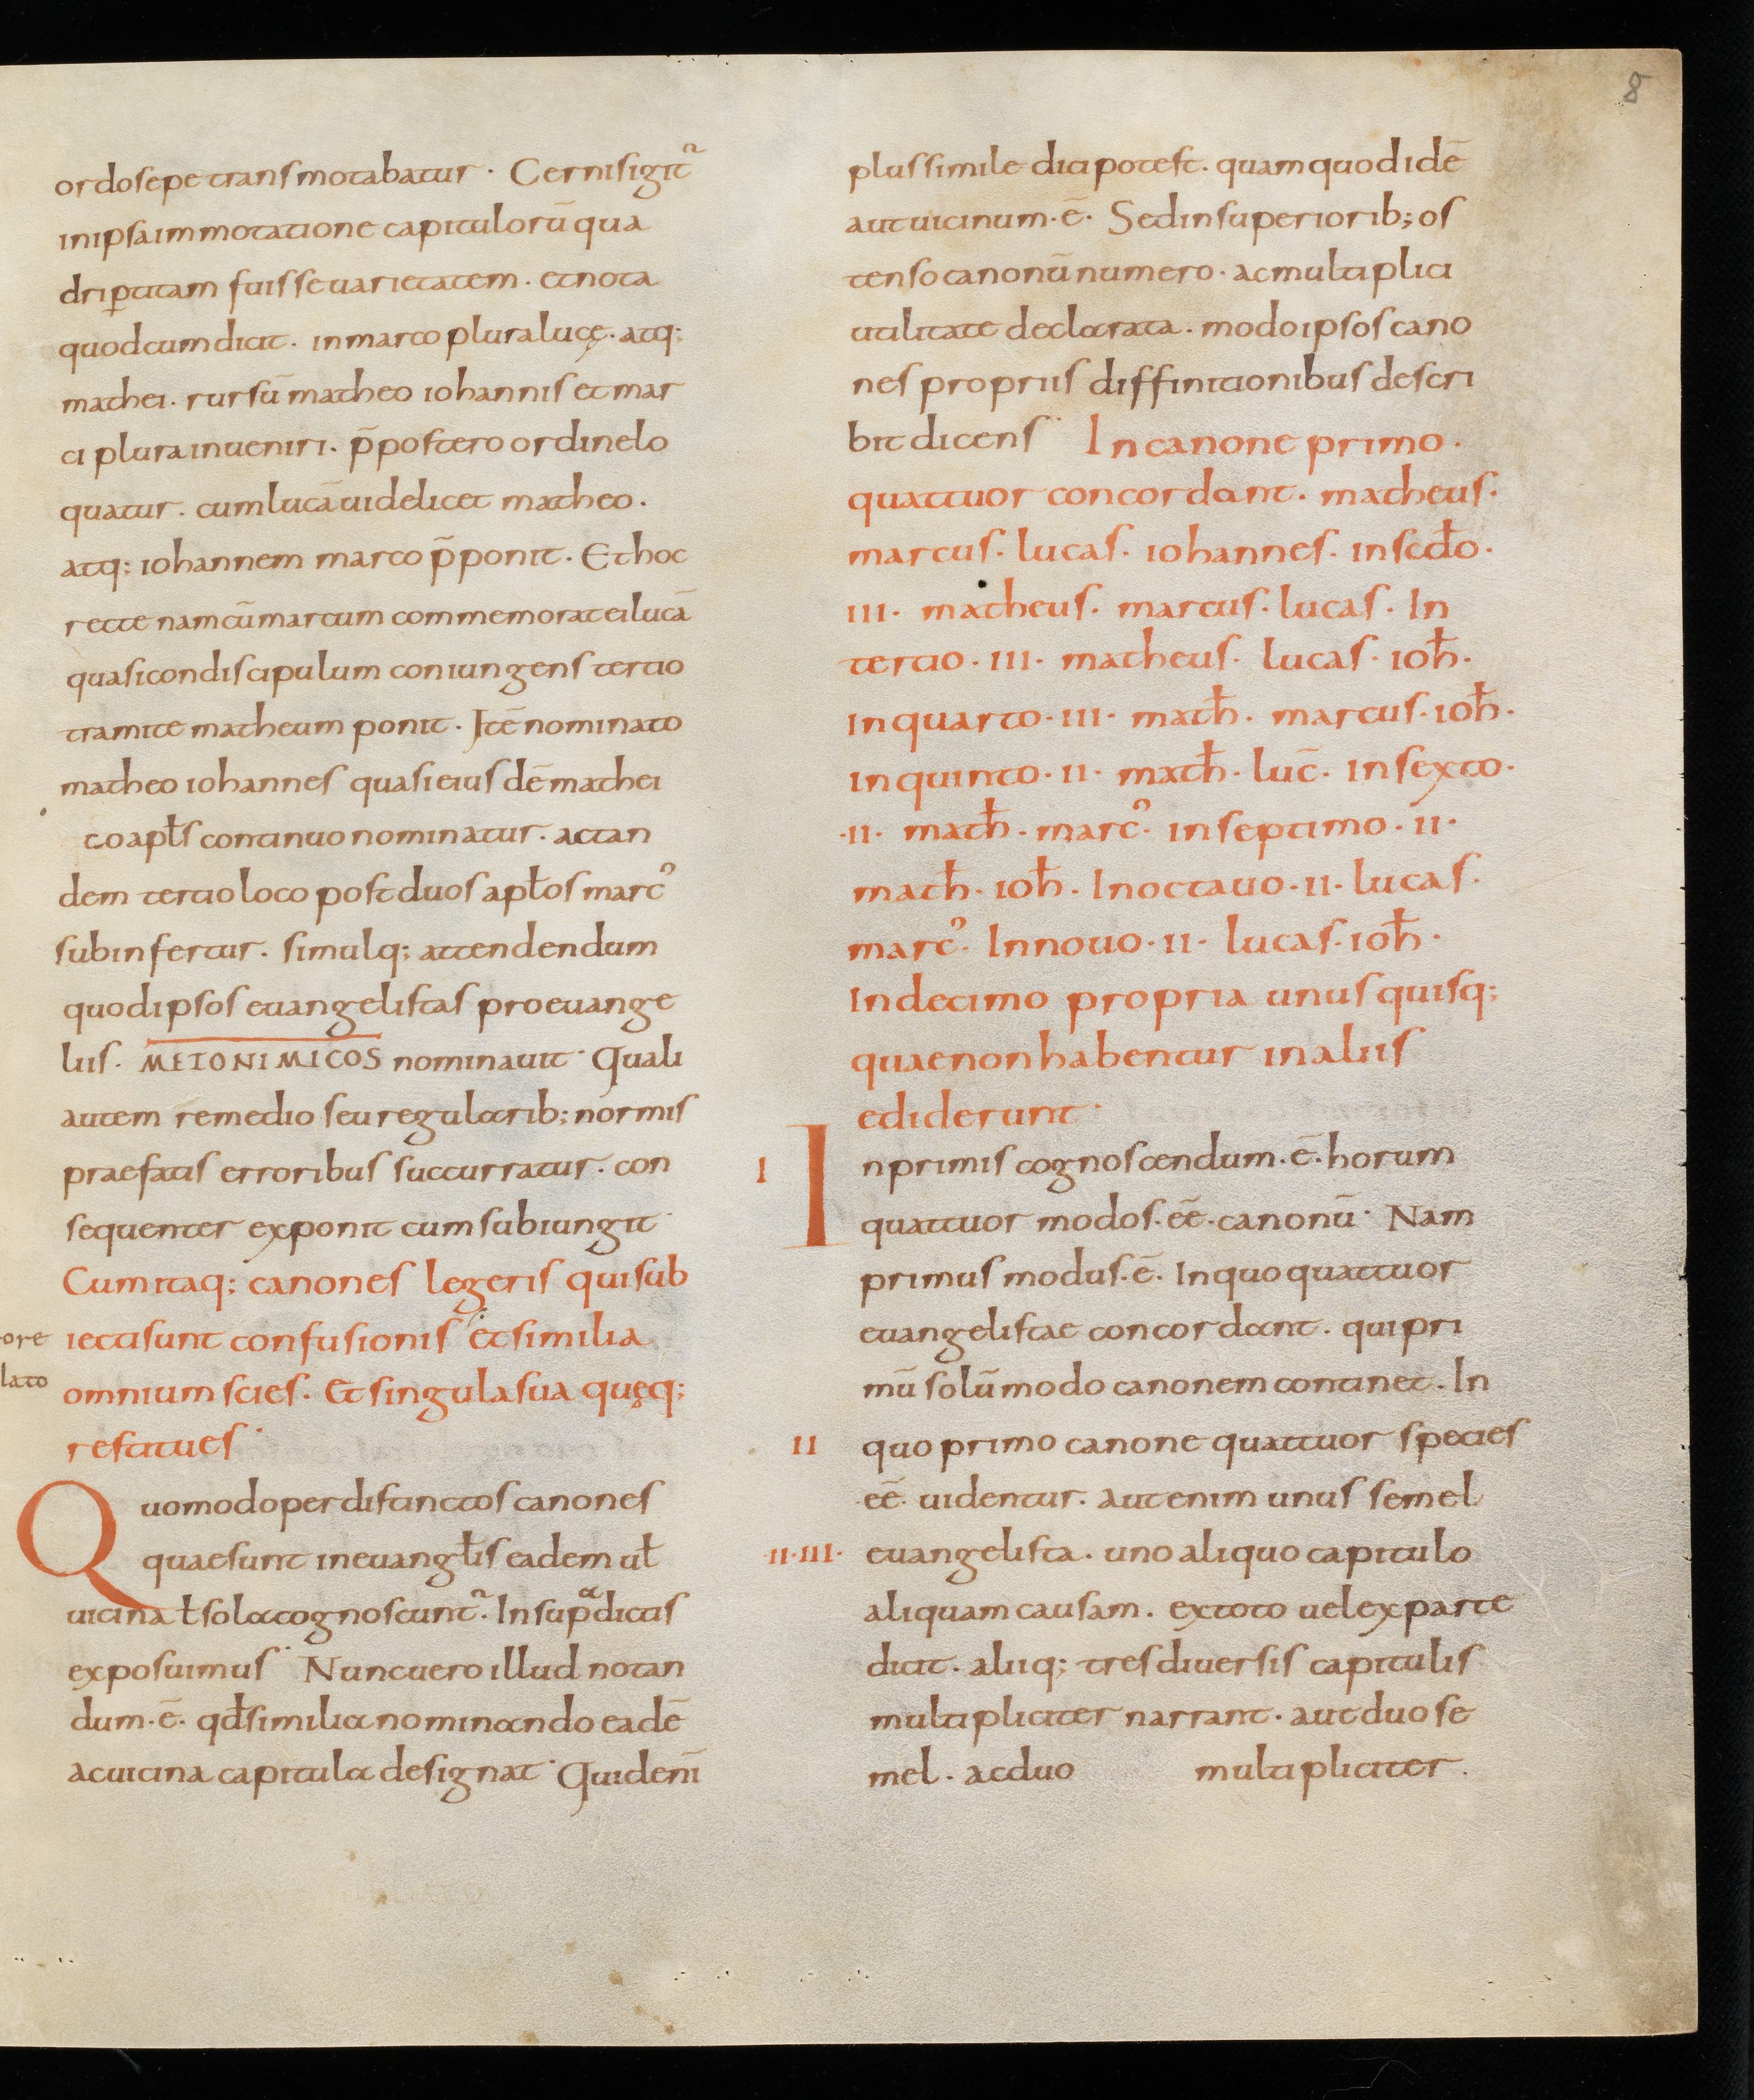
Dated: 867–899